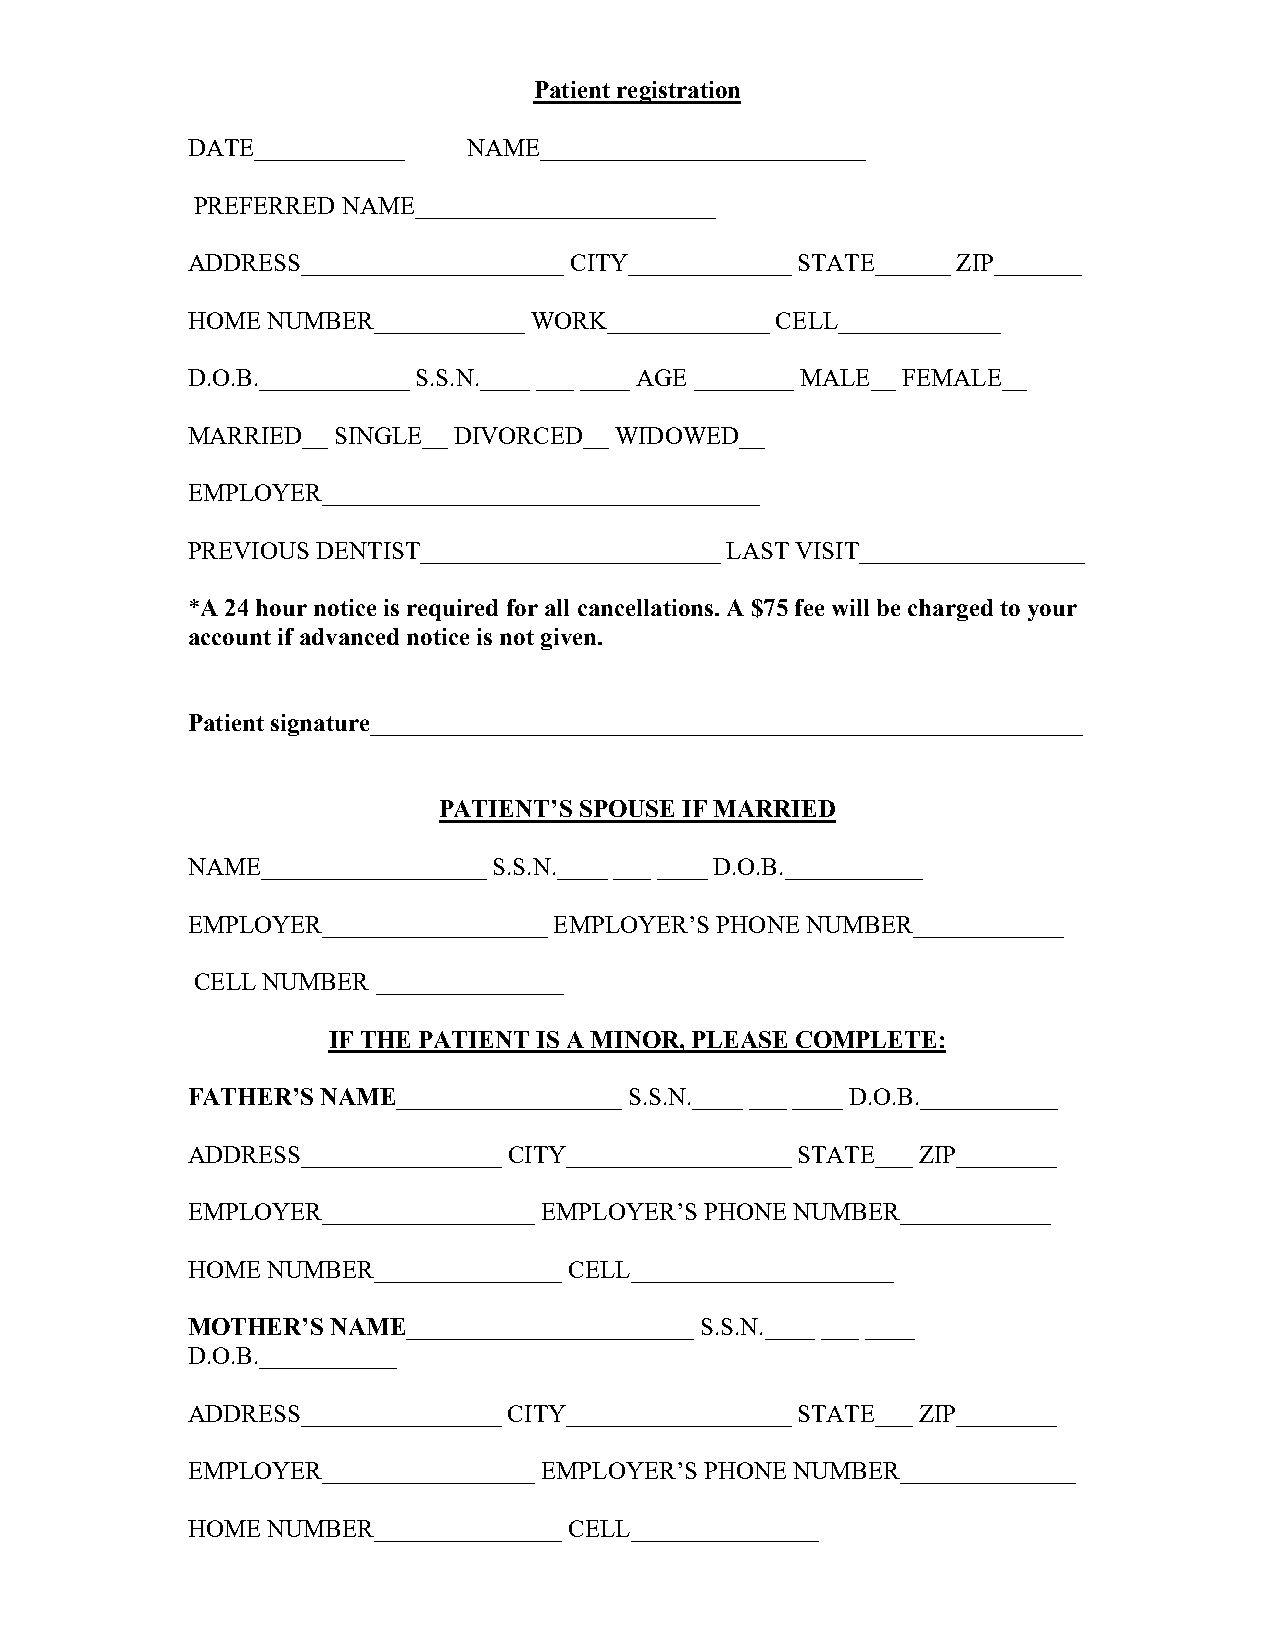
Patient registration
 DATE____________   NAME__________________________
 PREFERRED NAME________________________
 ADDRESS_____________________ CITY_____________ STATE______ ZIP_______
 HOME  NUMBER____________ WORK_____________ CELL_____________
 D.O.B.____________ S.S.N.____ ___ ____ AGE ________ MALE__ FEMALE__
 MARRIED__ SINGLE__ DIVORCED__ WIDOWED__
 EMPLOYER___________________________________
 PREVIOUS DENTIST________________________ LAST VISIT__________________
 *A 24 hour notice is required for all cancellations. A $75 fee will be charged to your
 account if advanced notice is not given.
 Patient signature_________________________________________________________
 PATIENT’S SPOUSE IF MARRIED
 NAME__________________ S.S.N.____ ___ ____ D.O.B.___________
 EMPLOYER__________________ EMPLOYER’S PHONE NUMBER____________
 CELL NUMBER _______________
 IF THE PATIENT IS A MINOR, PLEASE COMPLETE:
 FATHER’S NAME__________________ S.S.N.____ ___ ____ D.O.B.___________
 ADDRESS________________ CITY__________________ STATE___ ZIP________
 EMPLOYER_________________ EMPLOYER’S PHONE NUMBER____________
 HOME  NUMBER_______________ CELL_____________________
 MOTHER’S  NAME_______________________ S.S.N.____ ___ ____
 D.O.B.___________
 ADDRESS________________ CITY__________________ STATE___ ZIP________
 EMPLOYER_________________ EMPLOYER’S PHONE NUMBER______________
 HOME  NUMBER_______________ CELL_______________